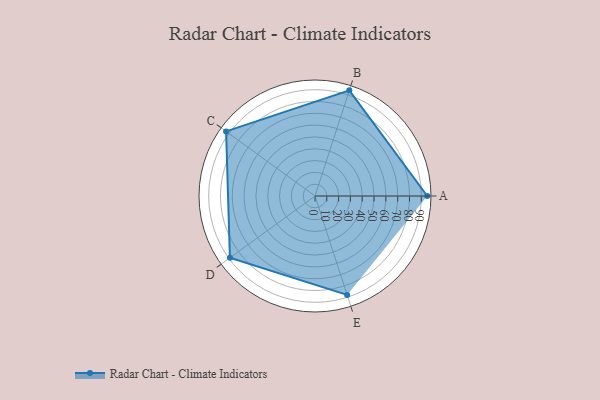
{"axis": {"x": "Skill", "y": "Score"}, "legend": ["Profile"], "data": [{"x": "A", "y": 95.0, "type": "Profile"}, {"x": "B", "y": 94.0, "type": "Profile"}, {"x": "C", "y": 93.0, "type": "Profile"}, {"x": "D", "y": 89.0, "type": "Profile"}, {"x": "E", "y": 88.0, "type": "Profile"}]}